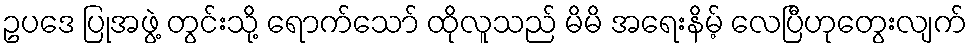
ဥပဒေ ပြုအဖွဲ့ တွင်းသို့ ရောက်သော် ထိုလူသည် မိမိ အရေးနိမ့် လေပြီဟုတွေးလျက်